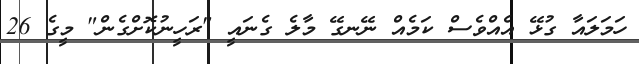
ހަމަލައާ ގުޅޭ އެއްވެސް ކަމެއް ނޭނގޭ މާލެ ގެނައީ "ރަހީނުކޮށްގެން" މީގެ 26